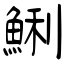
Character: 鯏